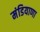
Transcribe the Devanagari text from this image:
मंडियाणा